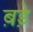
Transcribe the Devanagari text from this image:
ब़ड़े